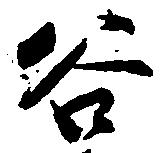
谷